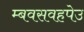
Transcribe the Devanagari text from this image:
म्बवसवहपेउ